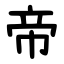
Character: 帝